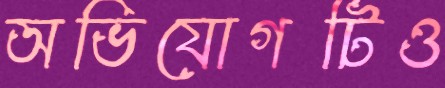
অভিযোগটিও